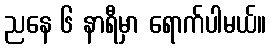
ညနေ ၆ နာရီမှာ ရောက်ပါမယ်။